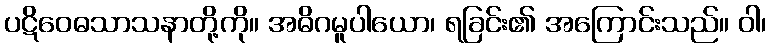
ပဋိဝေဓသာသနာတို့ကို။ အဓိဂမူပါယော၊ ရခြင်း၏ အကြောင်းသည်။ ဝါ၊